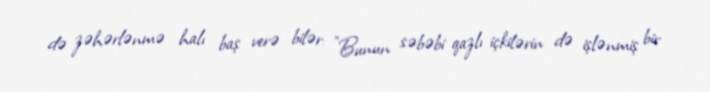
də zəhərlənmə halı baş verə bilər: "Bunun səbəbi qazlı içkilərin də işlənmiş bir